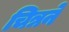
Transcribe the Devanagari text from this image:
चित्रने